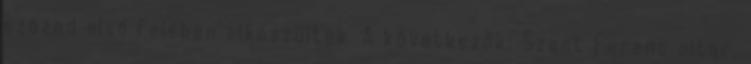
század első felében elkészültek. A következők: Szent Ferenc oltár,